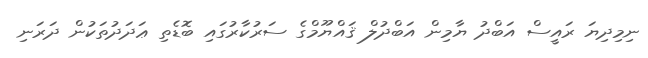
ނިމިދިޔަ ރައީސް އަބްދު ޔާމިން އަބްދުލް ޤައްޔޫމްގެ ސަރުކާރުގައި ބޮޑެތި ޢަދަދުތަކުން ދަރަނި